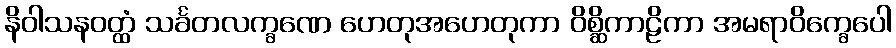
နိဝါသနဝတ္ထံ သင်္ခတလက္ခဏေ ဟေတုအဟေတုကာ ဝိစ္ဆိကာဠိကာ အမရာဝိက္ခေပေါ